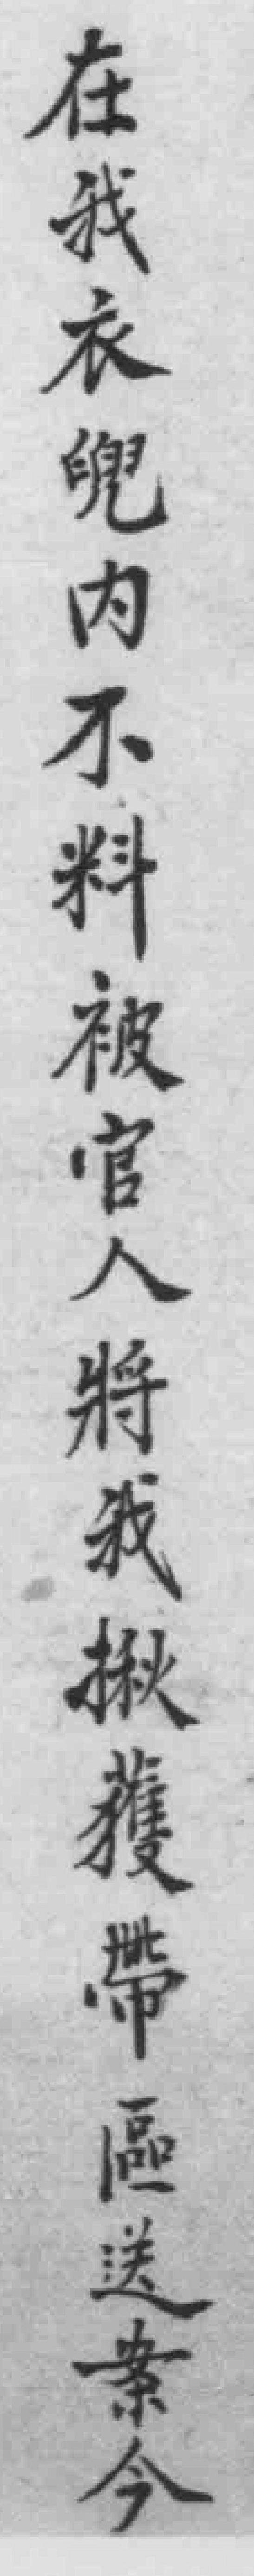
在我衣兜內不料被官人將我揪獲帶區送案今